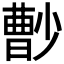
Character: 𡮦